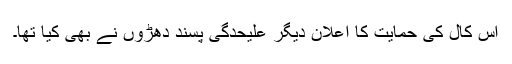
اس کال کی حمایت کا اعلان دیگر علیحدگی پسند دھڑوں نے بھی کیا تھا۔